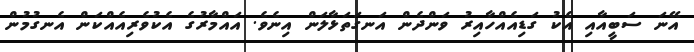
އޭނަ ސަބީއާއި އެކު ގަޑިއެއްހާއިރު ވަންދެން އަނގަތަޅާލަން އިނެވެ. އައްމާރުގެ އެކުވެރިއެއްކަން އެނގުމުން